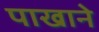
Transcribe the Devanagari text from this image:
पाखाने